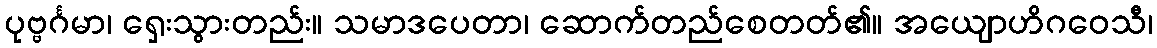
ပုဗ္ဗင်္ဂမာ၊ ရှေးသွားတည်း။ သမာဒပေတာ၊ ဆောက်တည်စေတတ်၏။ အယျောဟိဂဝေသီ၊